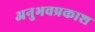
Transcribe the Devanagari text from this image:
अनुभवप्रकाश